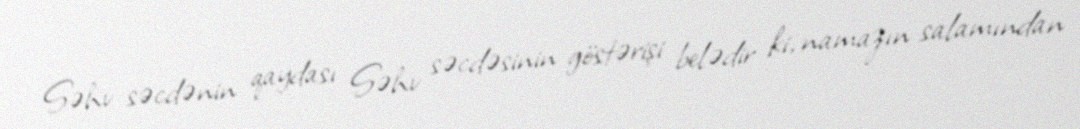
Səhv səcdənin qaydası Səhv səcdəsinin göstərişi belədir ki, namazın salamından